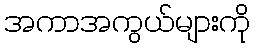
အကာအကွယ်များကို